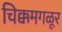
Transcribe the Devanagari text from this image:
चिक्कमगळूर